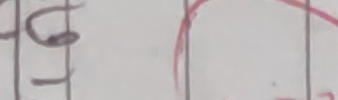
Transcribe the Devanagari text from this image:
हुन